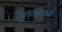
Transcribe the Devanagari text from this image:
भूतराक्षकर्म